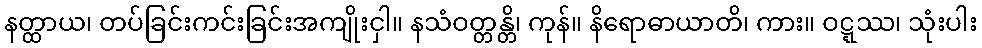
နတ္ထာယ၊ တပ်ခြင်းကင်းခြင်းအကျိုးငှါ။ နသံဝတ္တန္တိ၊ ကုန်။ နိရောဓာယာတိ၊ ကား။ ဝဋ္ဋဿ၊ သုံးပါး